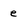
Character: e